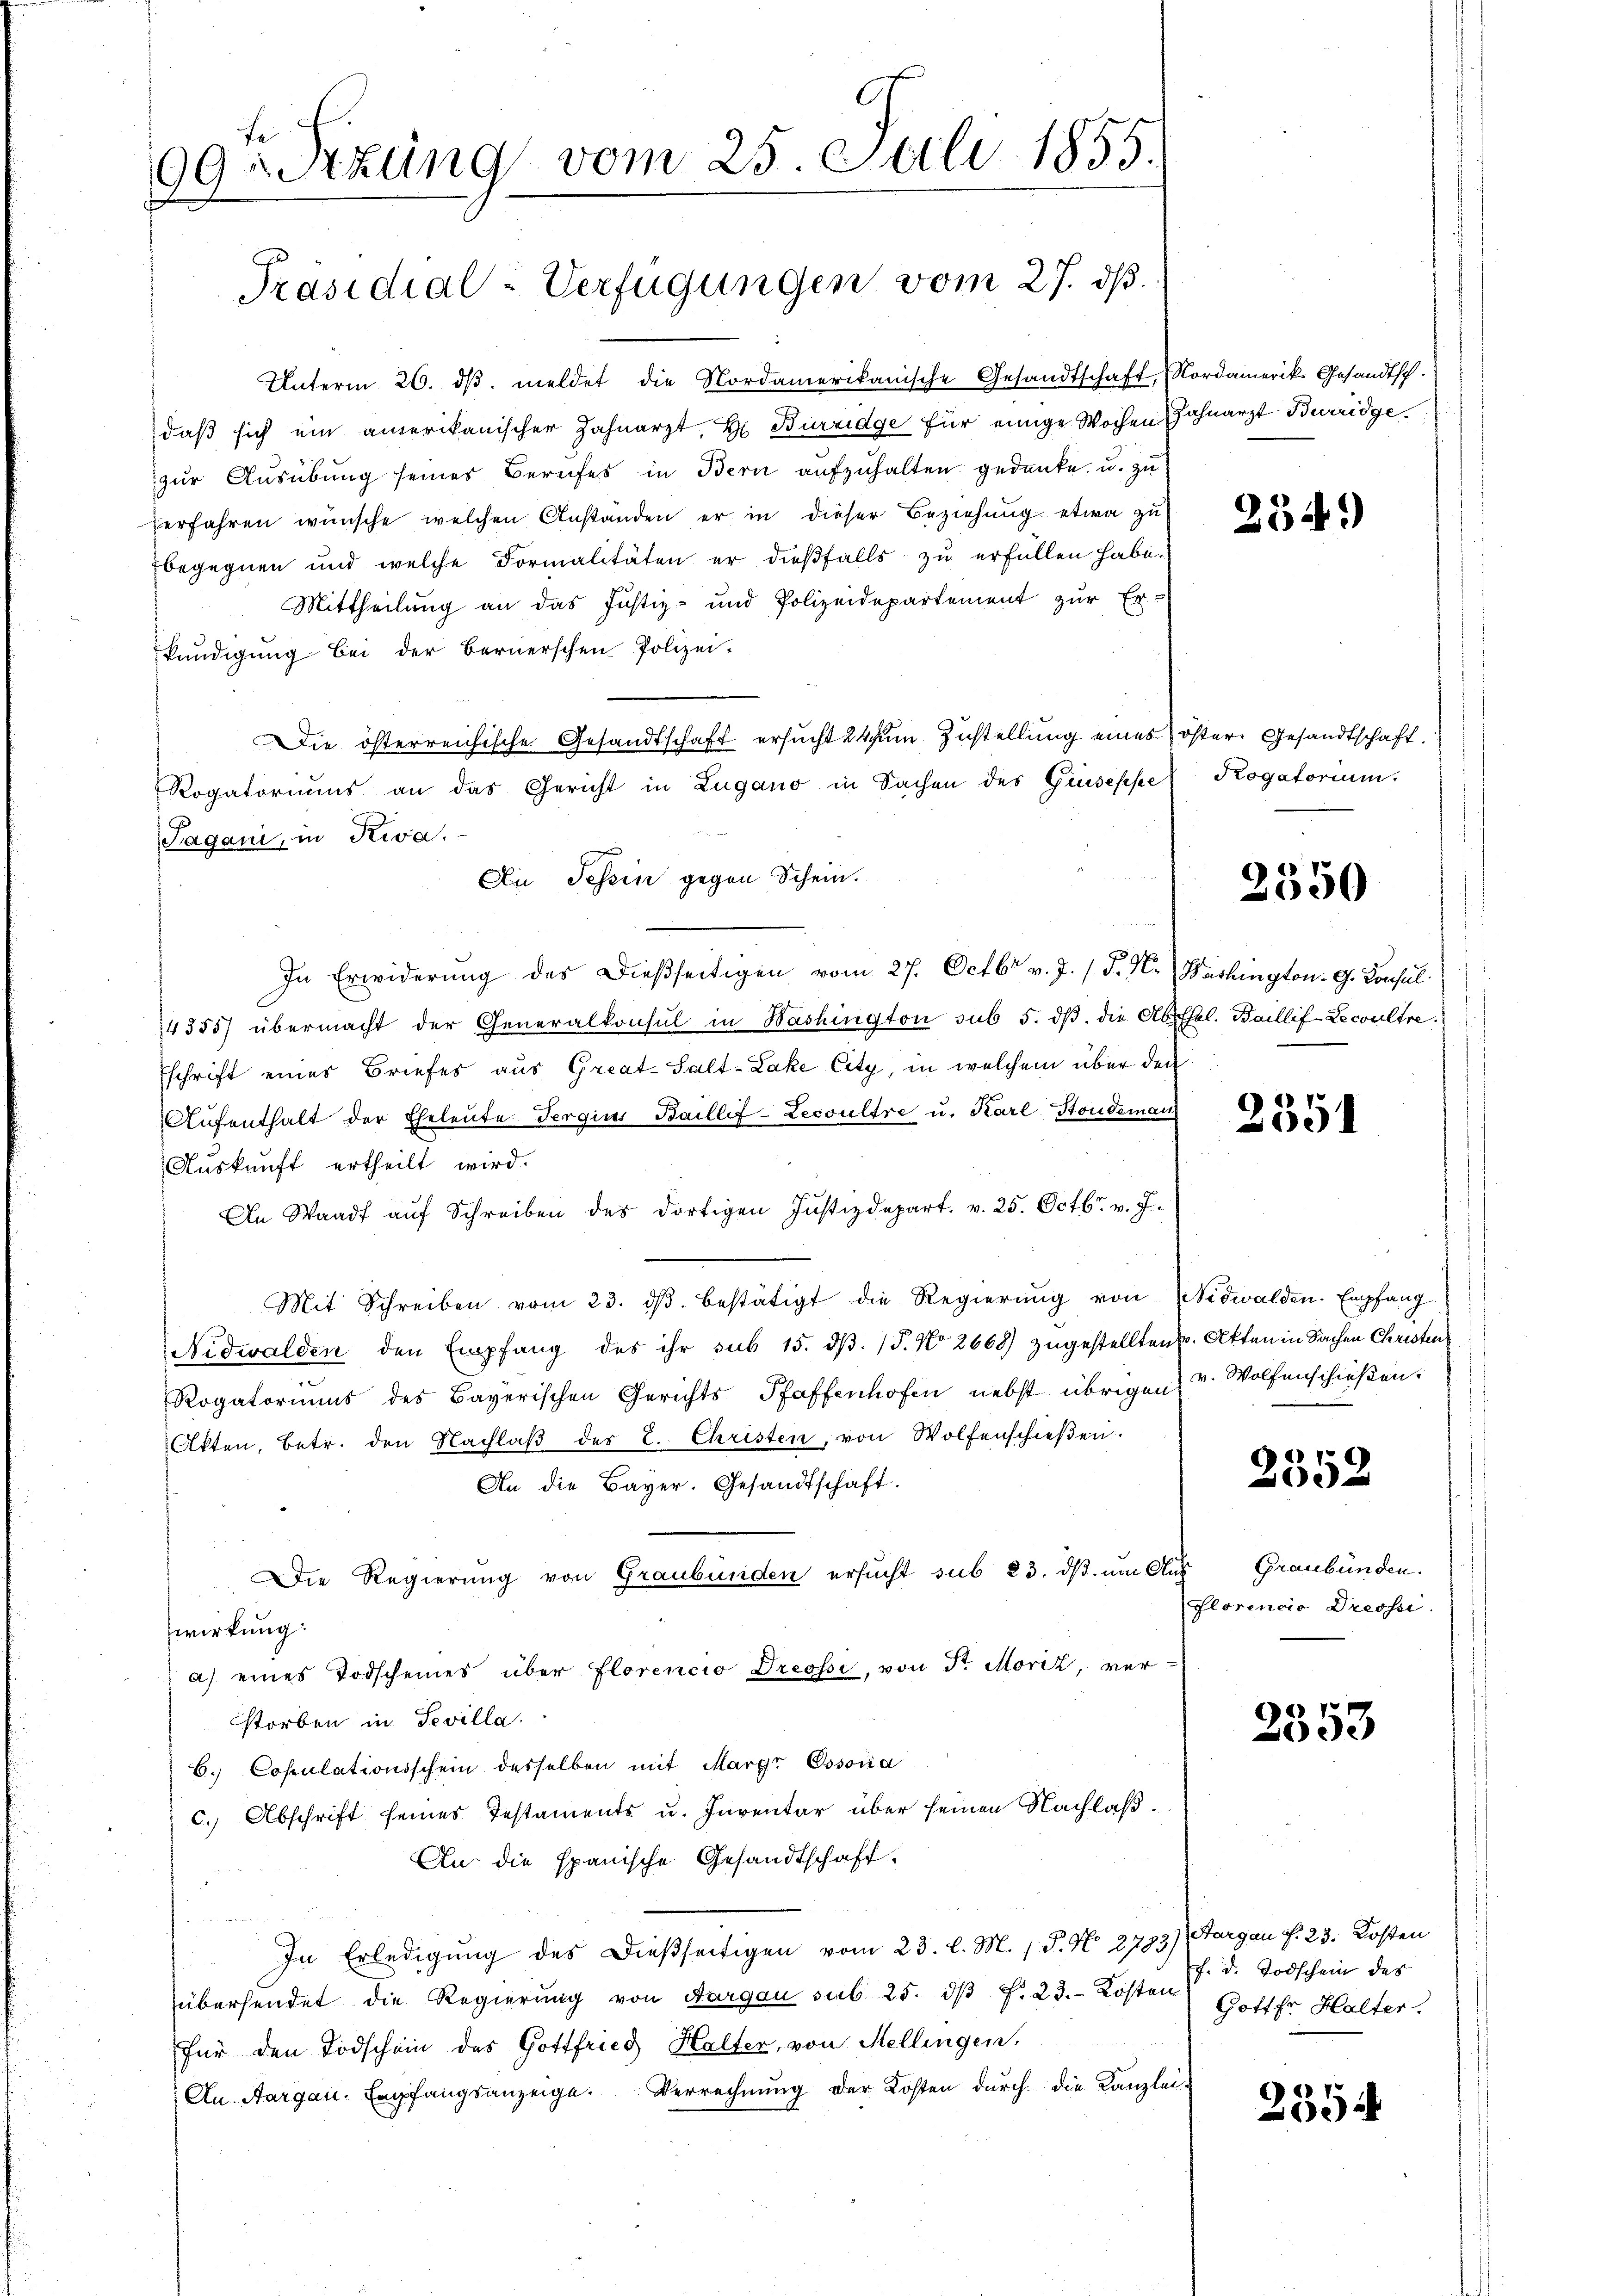
f
99 setzung vom 25. Etli 1855.

Präsidial-Verfügungen vom 27. ds.

Unterm 26. dβ meldet die Nordamerikanische Gesandtschaft, Nordamerik. Gesandtsch-
daß sich ein amerikanischer Zahnarzt. H. Burridge für einige Wochen Zahnarzt Burridgezur Ausübung seines Berufes in Bern aufzuhalten gedanke, u. zu
zerfahren wünsche, welchen Anstanden er in dieser Beziehung etwa zu
begegnen und welche Formalitäten er dieβfalls zŭ erfüllen habe.
Mittheilung an das Justiz- und Polizeidepartement zur Er-
kundigung bei der Bernerschen Polizei-
Die österreichische Gesandtschaft ersucht 24 in Zustellung eines öster Gesandtschaft.
Rogatoriums an das Gericht in Zugano in Sachen des Gruseppe
Tagani, in Riva.
In Erwiderung des Dießseitigen vom 27. Octbr v. J. (T. K. Washington. G. Consul
4355) übermacht der Generalkonsul in Washington sub 5. dβ. die Abhel. Baillif-Lecoultre.
schrift eines Briefes aus Great-Salt-Lake City, in welchem über den
Aufenthalt der Eheleute Sergins Baillif-Lecoultre u. Karl Stondeman
Auskunft ertheilt wird.
An Waadt auf Schreiben des dortigen Justizdepart. v. 25. Octbr. v. J.
Mit Schreiben vom 23. dβ bestätigt die Regierŭng von Nidwalden. Empfang
Nidwalden den Empfang des ihr sub 15. dβ. / 5. No 2668) zugestellten. Akten in Sachen Christen
Rogatoriums des Bayerischen Gerichts Pfaffenhofen nebst übrigen
Akten, betr. den Nachlaβ des L. Christen, von Wolfenschieβen.
An die Bayer. Gesandtschaft.
Die Regierung von Graubünden ersucht sub 23. dß um Aus
wirkung:
 a) eines Todscheines über florencio Dreossi, von Sr. Moriz, ver-
storben in Tevilla.
b. Copulationsschein desselben mit Margr Essona
c. Abschrift seines Testaments u. Inventar über seinen Nachlaß¬
An die spanische Gesandtschaft.
n
In Erledigung des dießseitigen vom 23. l. M. P. N. 2793) Aargau f. 23. Kosten
übersendet die Regierung von Aargau sub 25. dβ f. 23. Kosten Dotter Halter.
Für den Todschein des Gottfried Halter, von Mellingen,
Au. Aargau. Empfangsanzeige. Verrechnŭng der Kosten durch die Kanzlei-

Die Tessin gegen Schein.

234.

Rogatorium.

2550

2351

v. Wolfenschießen.

2552

Graubünden.
Florencia Dreossi

2553

f. d. Todschein des

2554